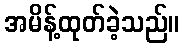
အမိန့်ထုတ်ခဲ့သည်။